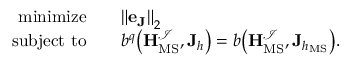
\begin{array} { r } { \begin{array} { r l } { \mathrm { m i n i m i z e } \quad } & { { \| \mathbf { e } _ { \mathbf { J } } \| } _ { 2 } } \\ { \mathrm { s u b j e c t ~ t o } \quad } & { b ^ { q } \big ( \mathbf { H } _ { \mathrm { M S } } ^ { \mathcal { I } } , \mathbf { J } _ { h } \big ) = b \big ( \mathbf { H } _ { \mathrm { M S } } ^ { \mathcal { I } } , \mathbf { J } _ { h _ { \mathrm { M S } } } \big ) . } \end{array} } \end{array}